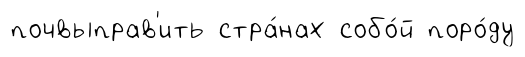
почвыправ'ить стра́нах собо́й поро́ду